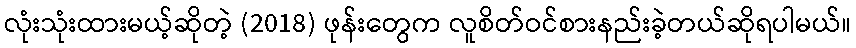
လုံးသုံးထားမယ့်ဆိုတဲ့ (2018) ဖုန်းတွေက လူစိတ်ဝင်စားနည်းခဲ့တယ်ဆိုရပါမယ်။